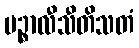
ပဉ္စာလီသီတိသတံ